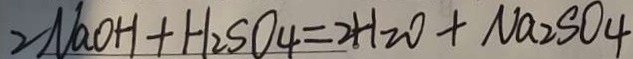
2 N a O H + H _ { 2 } S O _ { 4 } = 2 H _ { 2 } O + N a _ { 2 } S O _ { 4 }